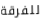
للفرقة